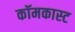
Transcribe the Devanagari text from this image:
कॉमकास्‍ट